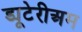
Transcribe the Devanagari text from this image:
ड्यूटेरीअम